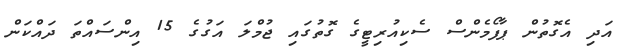
އަދި އެގޮތުން ޕާފޯމެންސް ސެކިއުރިޓީގެ ގޮތުގައި ޖުމްލަ އަގުގެ 15 އިންސައްތަ ދައްކަން